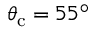
\theta _ { \mathrm { c } } = 5 5 ^ { \circ }